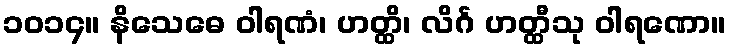
၁၀၁၄။ နိသေဓေ ဝါရဏံ၊ ဟတ္ထိ၊ လိင်္ဂ ဟတ္ထီသု ဝါရဏော။